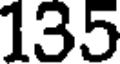
135